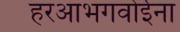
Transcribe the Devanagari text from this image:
हरआभगवोईना